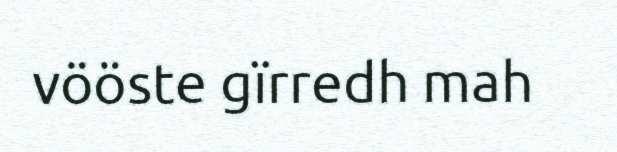
vööste gïrredh mah